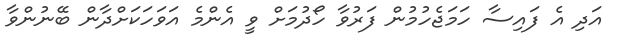
އަދި އެ ފައިސާ ހަމަޖެހުމުން ފަރުވާ ހޯދުމަށް ވީ އެންމެ އަވަހަކަށްދާން ބޭނުންވާ